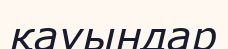
қауындар